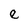
Character: e